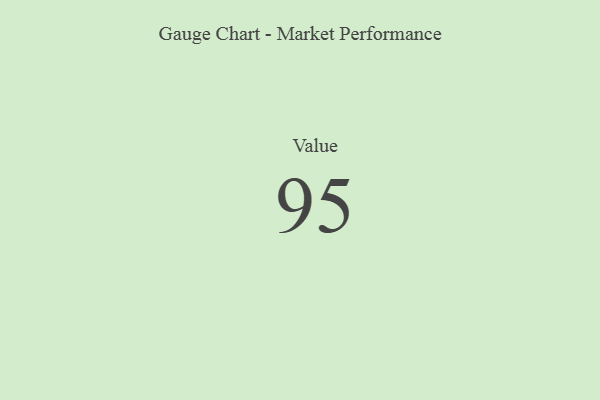
{"axis": {"x": "Metric", "y": "Value"}, "legend": [""], "data": [{"x": "Value", "y": 95, "type": ""}]}